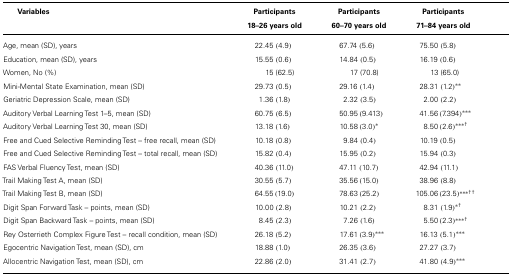
<table><thead><tr><td><b>Variables</b></td><td><b>Participants 18–26 years old</b></td><td><b>Participants 60–70 years old</b></td><td><b>Participants 71–84 years old</b></td></tr></thead><tbody><tr><td>Age, mean (SD), years</td><td>22.45 (4.9)</td><td>67.74 (5.6)</td><td>75.50 (5.8)</td><td></td></tr><tr><td>Education, mean (SD), years</td><td>15.55 (0.6)</td><td>14.84 (0.5)</td><td>16.19 (0.6)</td><td></td></tr><tr><td>Women, No (%)</td><td>15 (62.5)</td><td>17 (70.8)</td><td>13 (65.0)</td><td></td></tr><tr><td>Mini-Mental State Examination, mean (SD)</td><td>29.73 (0.5)</td><td>29.16 (1.4)</td><td>28.31 (1.2)<sup>**</sup></td><td></td></tr><tr><td>Geriatric Depression Scale, mean (SD)</td><td>1.36 (1.8)</td><td>2.32 (3.5)</td><td>2.00 (2.2)</td><td></td></tr><tr><td>Auditory Verbal Learning Test 1–5, mean (SD)</td><td>60.75 (6.5)</td><td>50.95 (9.413)</td><td>41.56 (7.394)<sup>***</sup></td><td></td></tr><tr><td>Auditory Verbal Learning Test 30, mean (SD)</td><td>13.18 (1.6)</td><td>10.58 (3.0)<sup>*</sup></td><td>8.50 (2.6)<sup>***</sup><sup>†</sup></td><td></td></tr><tr><td>Free and Cued Selective Reminding Test – free recall, mean (SD)</td><td>10.18 (0.8)</td><td>9.84 (0.4)</td><td>10.19 (0.5)</td><td></td></tr><tr><td>Free and Cued Selective Reminding Test – total recall, mean (SD)</td><td>15.82 (0.4)</td><td>15.95 (0.2)</td><td>15.94 (0.3)</td><td></td></tr><tr><td>FAS Verbal Fluency Test, mean (SD)</td><td>40.36 (11.0)</td><td>47.11 (10.7)</td><td>42.94 (11.1)</td><td></td></tr><tr><td>Trail Making Test A, mean (SD)</td><td>30.55 (5.7)</td><td>35.56 (15.0)</td><td>38.96 (8.8)</td><td></td></tr><tr><td>Trail Making Test B, mean (SD)</td><td>64.55 (19.0)</td><td>78.63 (25.2)</td><td>105.06 (23.5)<sup>***</sup><sup>††</sup></td><td></td></tr><tr><td>Digit Span Forward Task – points, mean (SD)</td><td>10.00 (2.8)</td><td>10.21 (2.2)</td><td>8.31 (1.9)<sup>*</sup><sup>†</sup></td><td></td></tr><tr><td>Digit Span Backward Task – points, mean (SD)</td><td>8.45 (2.3)</td><td>7.26 (1.6)</td><td>5.50 (2.3)<sup>***</sup><sup>†</sup></td><td></td></tr><tr><td>Rey Osterrieth Complex Figure Test – recall condition, mean (SD)</td><td>26.18 (5.2)</td><td>17.61 (3.9)<sup>***</sup></td><td>16.13 (5.1)<sup>***</sup></td><td></td></tr><tr><td>Egocentric Navigation Test, mean (SD), cm</td><td>18.88 (1.0)</td><td>26.35 (3.6)</td><td>27.27 (3.7)</td><td></td></tr><tr><td>Allocentric Navigation Test, mean (SD), cm</td><td>22.86 (2.0)</td><td>31.41 (2.7)</td><td>41.80 (4.9)<sup>***</sup></td><td></td></tr></tbody></table>